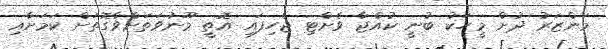
މަންޒަރު ދުށް މީހަކު ބުނީ ކުއްޖާ ވެށްޓި ޖެހިފައި އޮތީ މޫނުވަތަށްވާގޮތަށް ކަަމަށާއި